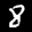
Label: 8